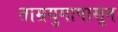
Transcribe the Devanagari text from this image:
ताम्रयुगापासून